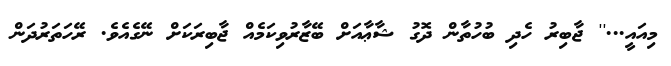
މިއައީ...'' ޖާބިރު ހެދި ބުހުތާން ދޮގު ޝާޢާއަށް ބޭޒާރުވިކަމެއް ޖާބިރަކަށް ނޭގެއެވެ. ރޭހަތަރުދަން